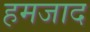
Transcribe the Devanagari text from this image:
हमजाद